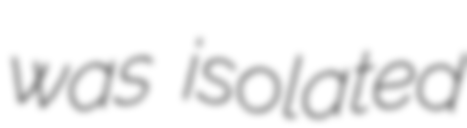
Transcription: was isolated